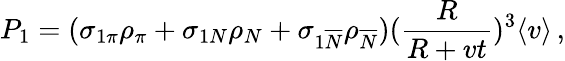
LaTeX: P_{1}=(\sigma_{1\pi}\rho_{\pi}+\sigma_{1N}\rho_{N}+\sigma_{1\overline{{{N}}}}\rho_{\overline{{{N}}}})(\frac{R}{R+vt})^{3}\langle v\rangle\, ,